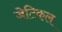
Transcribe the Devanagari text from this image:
जेटिकल